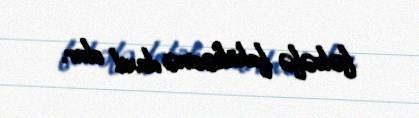
fəlsəfə fakültəsinə daxil olur.